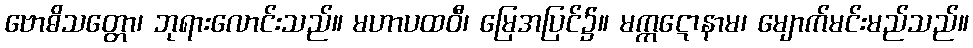
ဗောဓိသတ္တော၊ ဘုရားလောင်းသည်။ မဟာပထဝီ၊ မြေအပြင်၌။ မက္ကဋောနာမ၊ မျောက်မင်းမည်သည်။